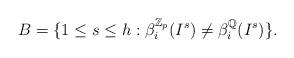
LaTeX: \begin{align*}B=\{1 \leq s \leq h: \beta_i^{\mathbb{Z}_p}(I^s) \neq \beta_i^\mathbb{Q}(I^s)\}.\end{align*}